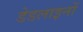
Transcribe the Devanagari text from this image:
डेडलाइनों